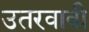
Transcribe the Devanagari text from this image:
उतरवावी